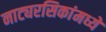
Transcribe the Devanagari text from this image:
नाट्यरसिकांमध्ये